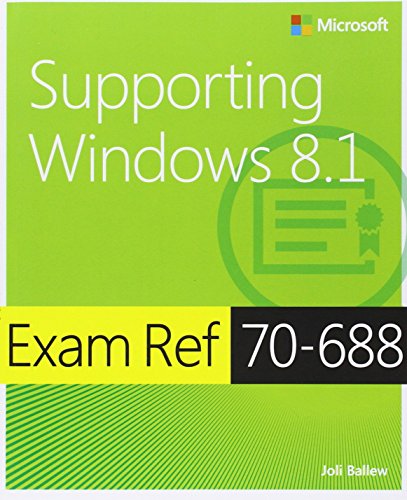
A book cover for Exam Ref 70-688 Supporting Windows 8.1 (MCSA); Joli Ballew; Computers & Technology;